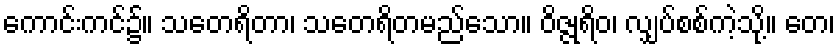
ကောင်းကင်၌။ သတေရိတာ၊ သတေရိတမည်သော။ ဝိဇ္ဇုရိဝ၊ လျှပ်စစ်ကဲ့သို့။ တေ၊